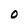
Character: O